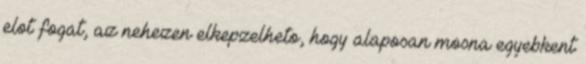
elot fogat, az nehezen elkepzelheto, hogy alaposan mosna egyebkent